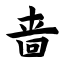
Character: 啬